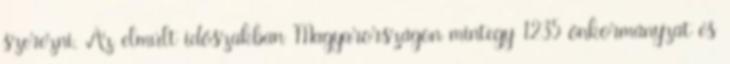
szerezni. Az elmúlt időszakban Magyarországon mintegy 1235 önkormányzat és